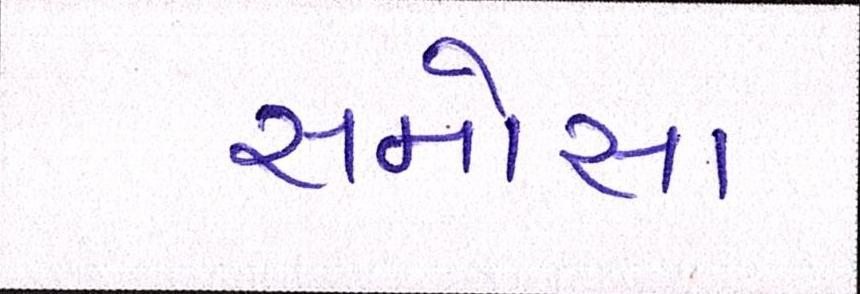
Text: સમોસા